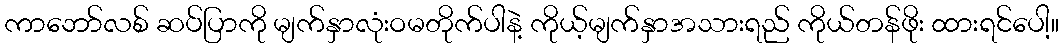
ကာဘော်လစ် ဆပ်ပြာကို မျက်နှာလုံးဝမတိုက်ပါနဲ့ ကိုယ့်မျက်နှာအသားရည် ကိုယ်တန်ဖိုး ထားရင်ပေါ့။